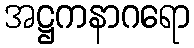
အဋ္ဌကနာဂရော